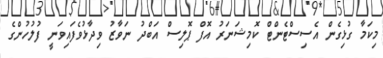
މިކަމާ ގުޅިގެން އެސިސްޓެންޓް ކޮމިޝަނަރު އޮފް ޕޮލިސް އަބްދު ނަވާޒު ވިދާޅުވެފައިވަނީ ފުލުހުންގެ